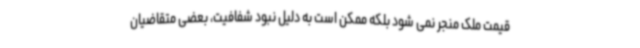
قیمت ملک منجر نمی شود بلکه ممکن است به دلیل نبود شفافیت، بعضی متقاضیان